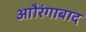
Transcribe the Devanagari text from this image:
आौरंगाबाद